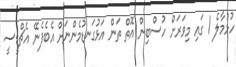
ހުޅުމާލެ 1 ގައި މިވަރަށް ހުސްބިން އޮތް ތަން އަޅުގަނޑުމެންނަށް އެބެފެނޭ އެޗްޑީސީ